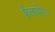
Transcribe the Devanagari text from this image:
फैलायेगा।